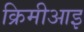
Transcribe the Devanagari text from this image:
क्रिमीआइ